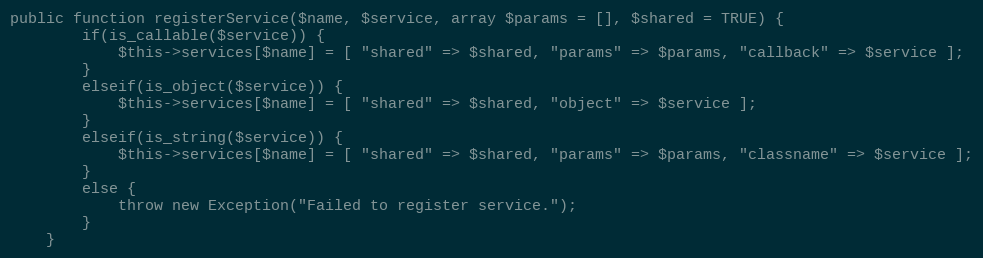
Language: PHP
public function registerService($name, $service, array $params = [], $shared = TRUE) {
        if(is_callable($service)) {
            $this->services[$name] = [ "shared" => $shared, "params" => $params, "callback" => $service ];
        }
        elseif(is_object($service)) {
            $this->services[$name] = [ "shared" => $shared, "object" => $service ];
        }
        elseif(is_string($service)) {
            $this->services[$name] = [ "shared" => $shared, "params" => $params, "classname" => $service ];
        }
        else {
            throw new Exception("Failed to register service.");
        }
    }